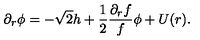
\partial _ { r } \phi = - \sqrt 2 h + { \frac { 1 } { 2 } } { \frac { \partial _ { r } f } { f } } \phi + U ( r ) .